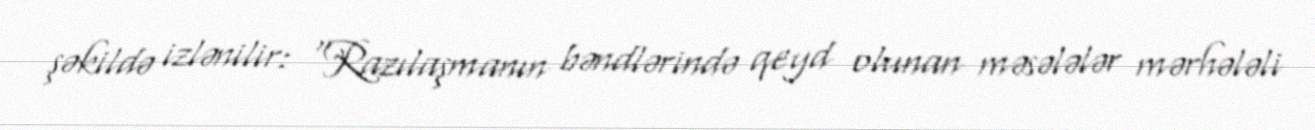
şəkildə izlənilir: “Razılaşmanın bəndlərində qeyd olunan məsələlər mərhələli